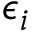
\epsilon _ { i }